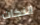
النكات